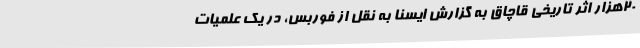
20هزار اثر تاریخی قاچاق به گزارش ایسنا به نقل از فوربس، در یک علمیات